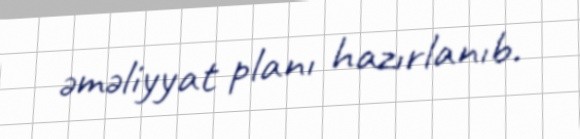
əməliyyat planı hazırlanıb.